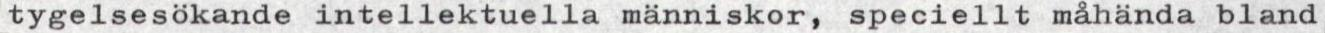
tygelsesökande intellektuella människor, speciellt måhända bland